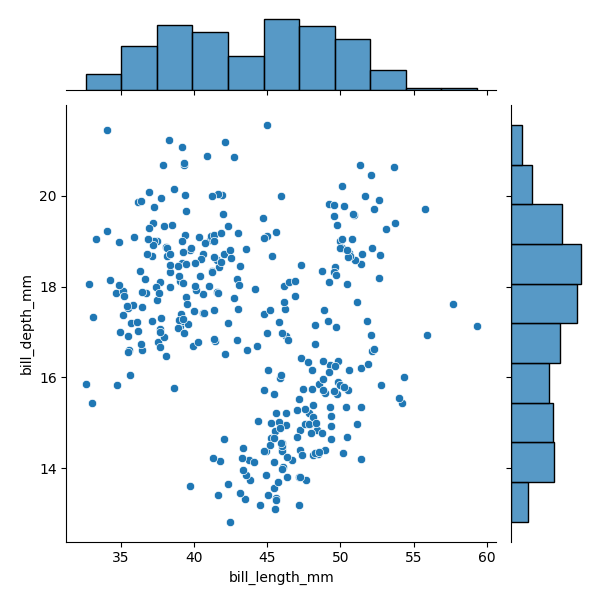
python, seaborn, JointGrid, scatterplot, histplot